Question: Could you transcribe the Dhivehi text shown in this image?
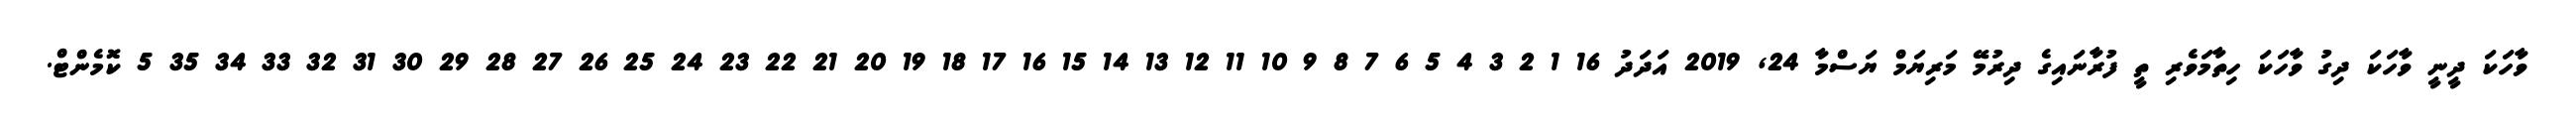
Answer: ވާހަކަ ދީނީ ވާހަކަ ދިގު ވާހަކަ ހިތާމަވެރި ތީ ފުރާނައިގެ ދިރުމޭ މަރިޔަމް ޔަސްމާ 24, 2019 އަދަދު 16 1 2 3 4 5 6 7 8 9 10 11 12 13 14 15 16 17 18 19 20 21 22 23 24 25 26 27 28 29 30 31 32 33 34 35 5 ކޮމެންޓް.